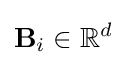
{\textbf {B}}_{i}\in \mathbb {R} ^{d}